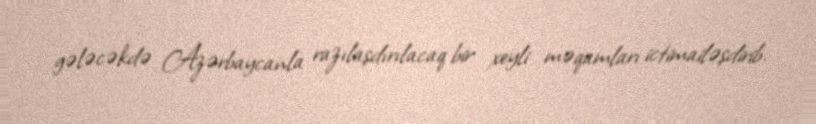
gələcəkdə Azərbaycanla razılaşdırılacaq bir xeyli məqamları ictimailəşdirib.